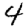
Digit: 4